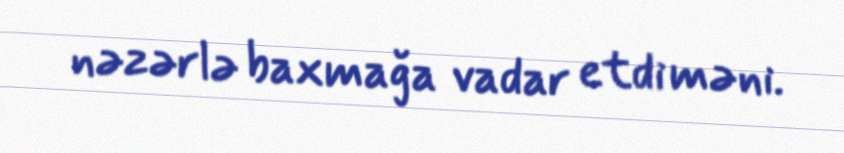
nəzərlə baxmağa vadar etdi məni.